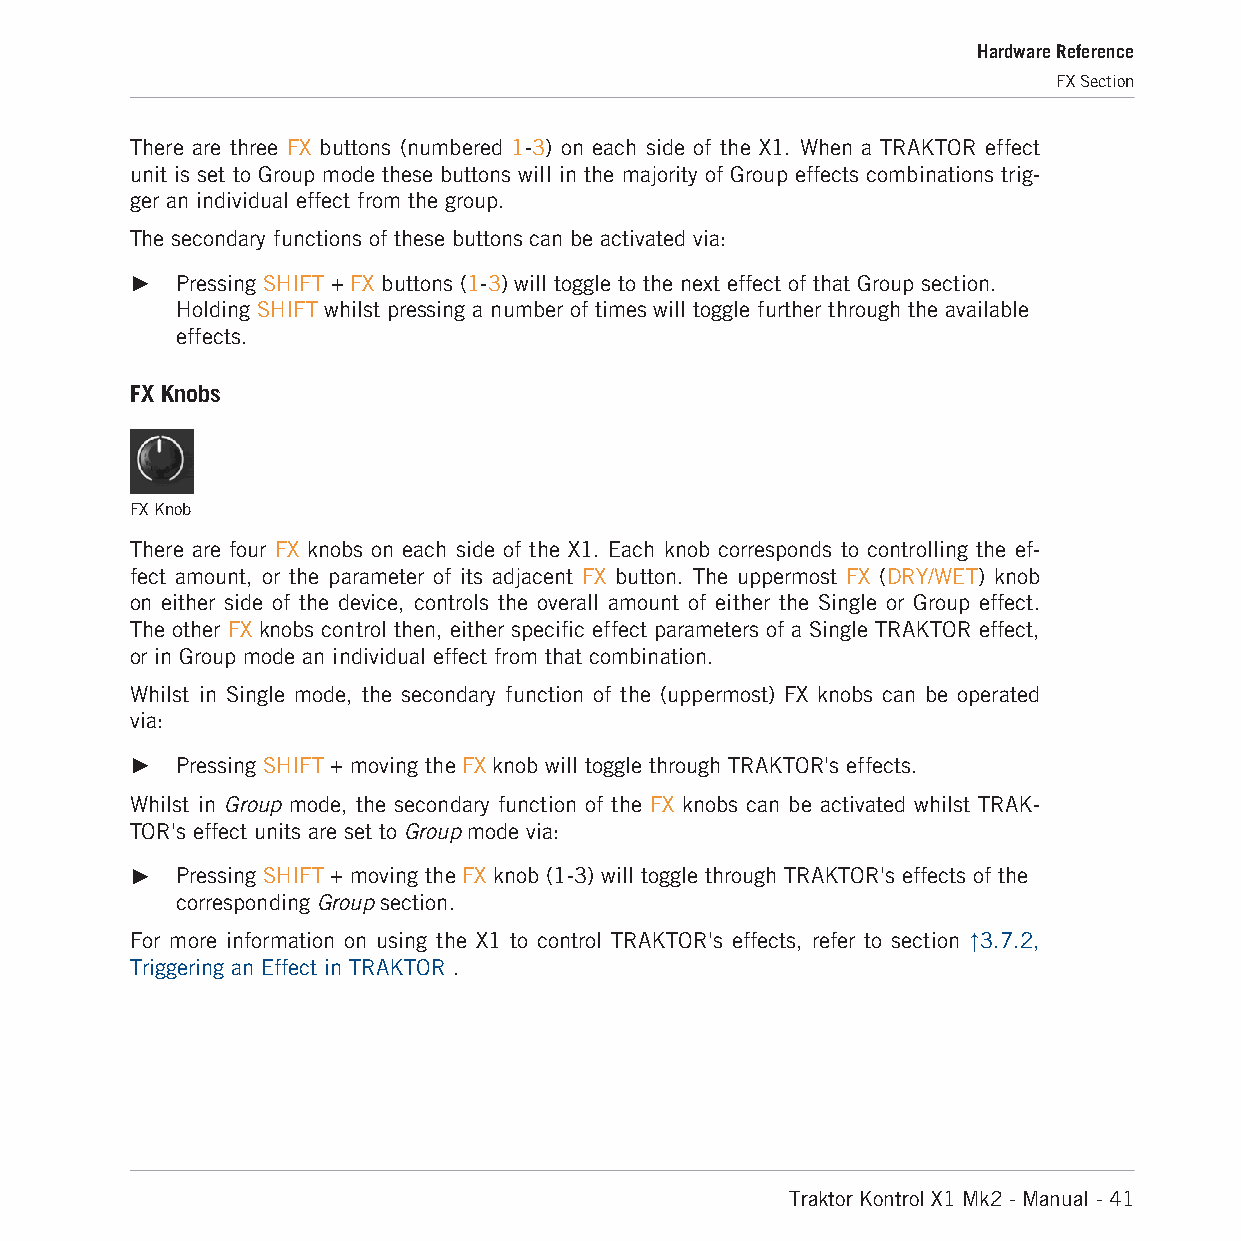
Hardware Reference
 FX Section
 There are three FX buttons (numbered 1-3) on each side of the X1. When a TRAKTOR effect
 unit is set to Group mode these buttons will in the majority of Group effects combinations trig-
 ger an individual effect from the group.
 The secondary functions of these buttons can be activated via:
 ►  Pressing SHIFT + FX buttons (1-3) will toggle to the next effect of that Group section.
 Holding SHIFT whilst pressing a number of times will toggle further through the available
 effects.
 FX Knobs
 FX Knob
 There are four FX knobs on each side of the X1. Each knob corresponds to controlling the ef-
 fect amount, or the parameter of its adjacent FX button. The uppermost FX (DRY/WET) knob
 on either side of the device, controls the overall amount of either the Single or Group effect.
 The other FX knobs control then, either specific effect parameters of a Single TRAKTOR effect,
 or in Group mode an individual effect from that combination.
 Whilst in Single mode, the secondary function of the (uppermost) FX knobs can be operated
 via:
 ►  Pressing SHIFT + moving the FX knob will toggle through TRAKTOR's effects.
 Whilst in Group mode, the secondary function of the FX knobs can be activated whilst TRAK-
 TOR's effect units are set to Group mode via:
 ►  Pressing SHIFT + moving the FX knob (1-3) will toggle through TRAKTOR's effects of the
 corresponding Group section.
 For more information on using the X1 to control TRAKTOR's effects, refer to section ↑3.7.2,
 Triggering an Effect in TRAKTOR .
 Traktor Kontrol X1 Mk2 - Manual - 41